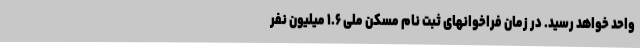
واحد خواهد رسید. در زمان فراخوانهای ثبت نام مسکن ملی ۱.۶ میلیون نفر